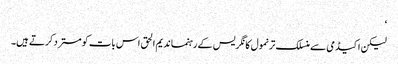
‘
لیکن اکیڈمی سے منسلک ترنمول کانگریس کے رہنما ندیم الحق اس بات کو مسترد کرتے ہیں۔